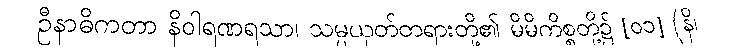
ဦနာဓိကတာ နိဝါရဏရသာ၊ သမ္ပယုတ်တရားတို့၏ မိမိကိစ္စတို့၌ [၀၁] (နိ၊